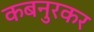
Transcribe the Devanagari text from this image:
कबनुरकर